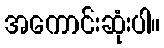
အကောင်းဆုံးပါ။